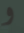
و